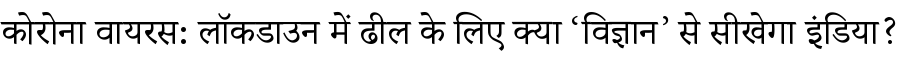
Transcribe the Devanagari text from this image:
कोरोना वायरस: लॉकडाउन में ढील के लिए क्या ‘विज्ञान’ से सीखेगा इंडिया?